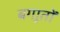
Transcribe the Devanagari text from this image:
बगाूतों